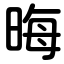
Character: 晦